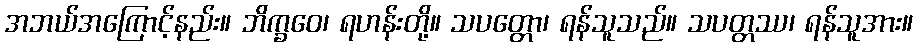
အဘယ်အကြောင့်နည်း။ ဘိက္ခဝေ၊ ရဟန်းတို့။ သပတ္တော၊ ရန်သူသည်။ သပတ္တဿ၊ ရန်သူအား။